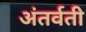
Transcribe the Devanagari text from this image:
अंतर्वती